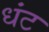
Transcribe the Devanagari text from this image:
धंट